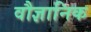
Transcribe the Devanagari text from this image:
वौज्ञानिक